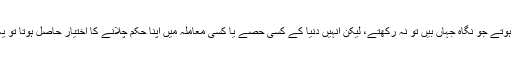
اگر خداوند عالم کے سوا کچھ چھوٹے چھوٹے خدا ایسے ہوتے جو نگاہِ جہاں بیں تو نہ رکھتے، لیکن انہیں دنیا کے کسی حصے یا کسی معاملہ میں اپنا حکم چلانے کا اختیار حاصل ہوتا تو یہ زمین و آسمان کا سارا کارخانہ درہم برہم ہوکر رہ جاتا۔